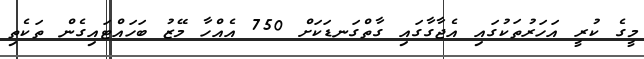
މީގެ ކުރީ އަހަރުތަކުގައި އެޖާގާގައި ގާތްގަނޑަކަށް 750 އެއްހާ މޭޒު ބަހައްޓައިގެން ތަކެތި